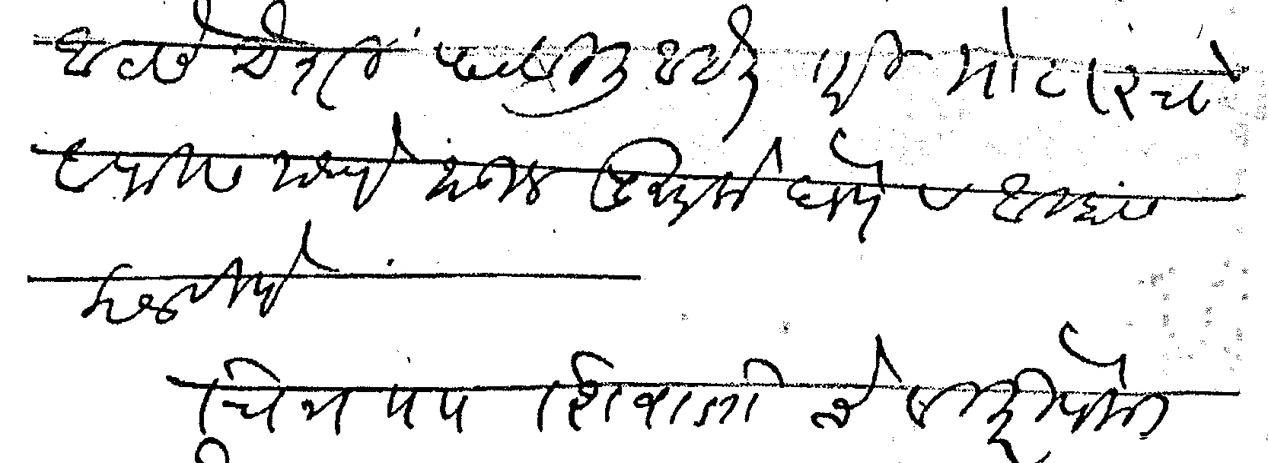
Transliteration (Devanagari): आठसे ऐशी पाठविली आहेत तरी मोटारचे आफिसमध्ये जाऊन पुस्तके घेणे व आम्हांस कळविणे चित्रमय शिवाजीचे विक्रीपैकी